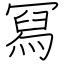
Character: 冩